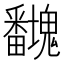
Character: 𭻻